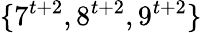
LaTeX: \{ 7^{t+2},8^{t+2},9^{t+2}\}